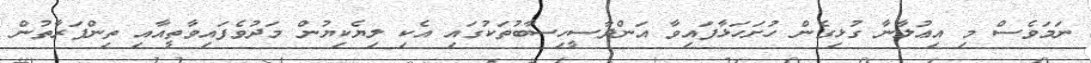
ނަމަވެސް މި އިޢުލާނާ ގުޅިގެން ހުށަހަޅާފައިވާ އަންދާސީހިސާބުތަކުގައި އެކި ލިޔެކިޔުން މަދުވެފައިވާތީއާއި ތިންފަރާތުން